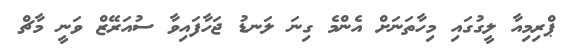
ޕްރިމިއާ ލީގުގައި މިހާތަނަށް އެންމެ ގިނަ ލަނޑު ޖަހާފައިވާ ސުއަރޭޒް ވަނީ މާޗް